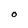
Character: O